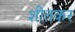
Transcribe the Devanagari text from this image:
शीतकर